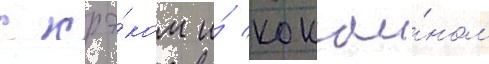
с крэ́ком и́ кокаи́ном